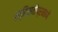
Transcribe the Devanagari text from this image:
ख्रिस्तींप्रमाणे